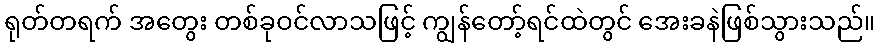
ရုတ်တရက် အတွေး တစ်ခုဝင်လာသဖြင့် ကျွန်တော့်ရင်ထဲတွင် အေးခနဲဖြစ်သွားသည်။